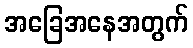
အခြေအနေအတွက်